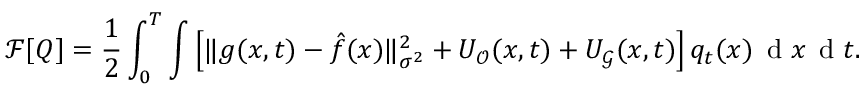
\small \mathcal { F } [ Q ] = \frac { 1 } { 2 } \int _ { 0 } ^ { T } \int \Big [ \| g ( x , t ) - \hat { f } ( x ) \| _ { \sigma ^ { 2 } } ^ { 2 } + { U _ { \mathcal { O } } ( x , t ) } + { U _ { \mathcal { G } } ( x , t ) } \Big ] \, q _ { t } ( x ) \, \mathrm { ~ d ~ } x \, \mathrm { ~ d ~ } t .